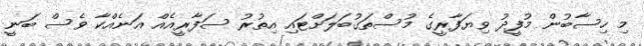
މި ހިސާބުން މުފީދު ވިޔަފާރީގެ މުސްތަގުބަލަށްޓައި އިތުރު ސަފާރީއެއް އަނެއްކާ ވެސް ބަނީ